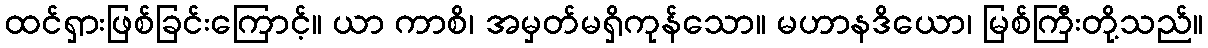
ထင်ရှားဖြစ်ခြင်းကြောင့်။ ယာ ကာစိ၊ အမှတ်မရှိကုန်သော။ မဟာနဒိယော၊ မြစ်ကြီးတို့သည်။